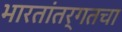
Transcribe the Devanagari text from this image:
भारतांतर्गतचा